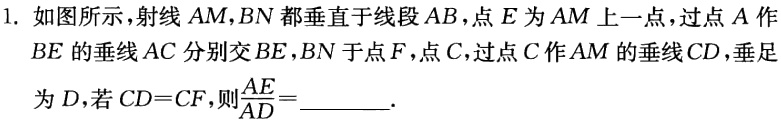
1. 如图所示，射线 \(AM,BN\) 都垂直于线段 \(AB\)，点 \(E\) 为 \(AM\) 上一点，过点 \(A\) 作 \(BE\) 的垂线 \(AC\) 分别交 \(BE,BN\) 于点 \(F\)，点 \(C\)，过点 \(C\) 作 \(AM\) 的垂线 \(CD\)，垂足为 \(D\)，若 \(CD = CF\)，则\(\frac{AE}{AD}=\underline{\quad\quad}\).